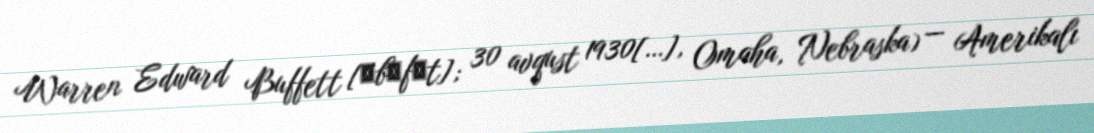
Warren Edward Buffett [ˈbʌfɨt]; 30 avqust 1930[…], Omaha, Nebraska) — Amerikalı